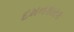
દમનકારક